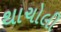
થાચોલી